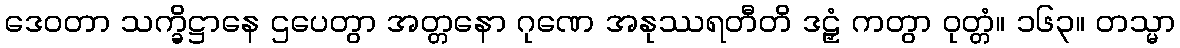
ဒေဝတာ သက္ခိဋ္ဌာနေ ဌပေတွာ အတ္တနော ဂုဏေ အနုဿရတီတိ ဒဠှံ ကတွာ ဝုတ္တံ။ ၁၆၃။ တသ္မာ